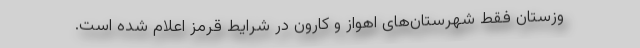
وزستان فقط شهرستان‌های اهواز و کارون در شرایط قرمز اعلام شده است.